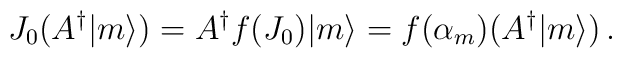
J_{0} (A^{\dagger} |m \rangle) = A^{\dagger} f(J_{0}) |m \rangle =     f(\alpha_{m}) (A^{\dagger} |m \rangle ) \, .